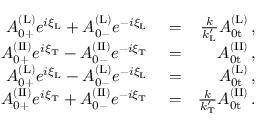
\begin{array} { r l r } { A _ { \mathrm { 0 + } } ^ { \mathrm { ( L ) } } e ^ { i \xi _ { \mathrm { L } } } + A _ { \mathrm { 0 - } } ^ { \mathrm { ( L ) } } e ^ { - i \xi _ { \mathrm { L } } } } & { { } = } & { \frac { k } { k _ { \mathrm { L } } ^ { \prime } } A _ { \mathrm { 0 t } } ^ { \mathrm { ( L ) } } \, , } \\ { A _ { \mathrm { 0 + } } ^ { \mathrm { ( I I ) } } e ^ { i \xi _ { \mathrm { T } } } - A _ { \mathrm { 0 - } } ^ { \mathrm { ( I I ) } } e ^ { - i \xi _ { \mathrm { T } } } } & { { } = } & { A _ { \mathrm { 0 t } } ^ { \mathrm { ( I I ) } } \, , } \\ { A _ { \mathrm { 0 + } } ^ { \mathrm { ( L ) } } e ^ { i \xi _ { \mathrm { L } } } - A _ { \mathrm { 0 - } } ^ { \mathrm { ( L ) } } e ^ { - i \xi _ { \mathrm { L } } } } & { { } = } & { A _ { \mathrm { 0 t } } ^ { \mathrm { ( L ) } } \, , } \\ { A _ { \mathrm { 0 + } } ^ { \mathrm { ( I I ) } } e ^ { i \xi _ { \mathrm { T } } } + A _ { \mathrm { 0 - } } ^ { \mathrm { ( I I ) } } e ^ { - i \xi _ { \mathrm { T } } } } & { { } = } & { \frac { k } { k _ { \mathrm { T } } ^ { \prime } } A _ { \mathrm { 0 t } } ^ { \mathrm { ( I I ) } } \, . } \end{array}